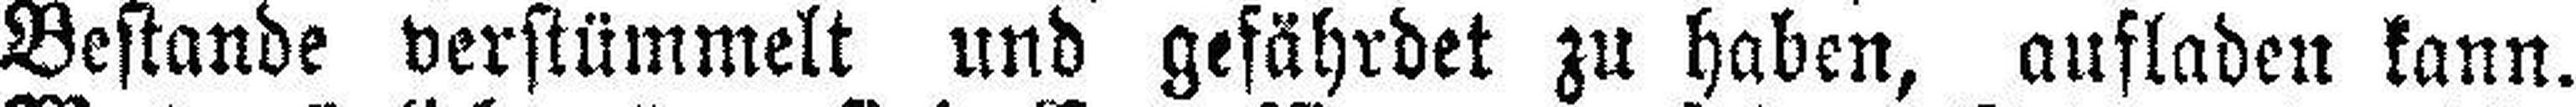
Bestande verstümmelt und gefährdet zu haben, aufladen kann.